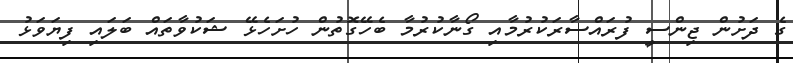
ގެ ދަށުން ޖިންސީ ފުރައްސާރަކުރުމާއި ގޯނާކުރުމާ ބެހޭގޮތުން ހުށަހެޅޭ ޝަކުވާތައް ބަލައި ފިޔަވަޅު